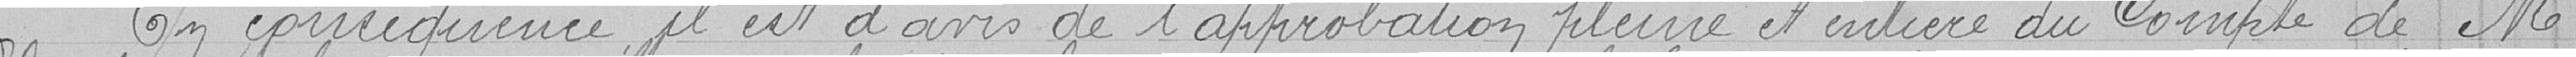
En conséquence il est d'avis de l'approbation pleine et entière du Compte de M.